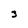
Character: 3